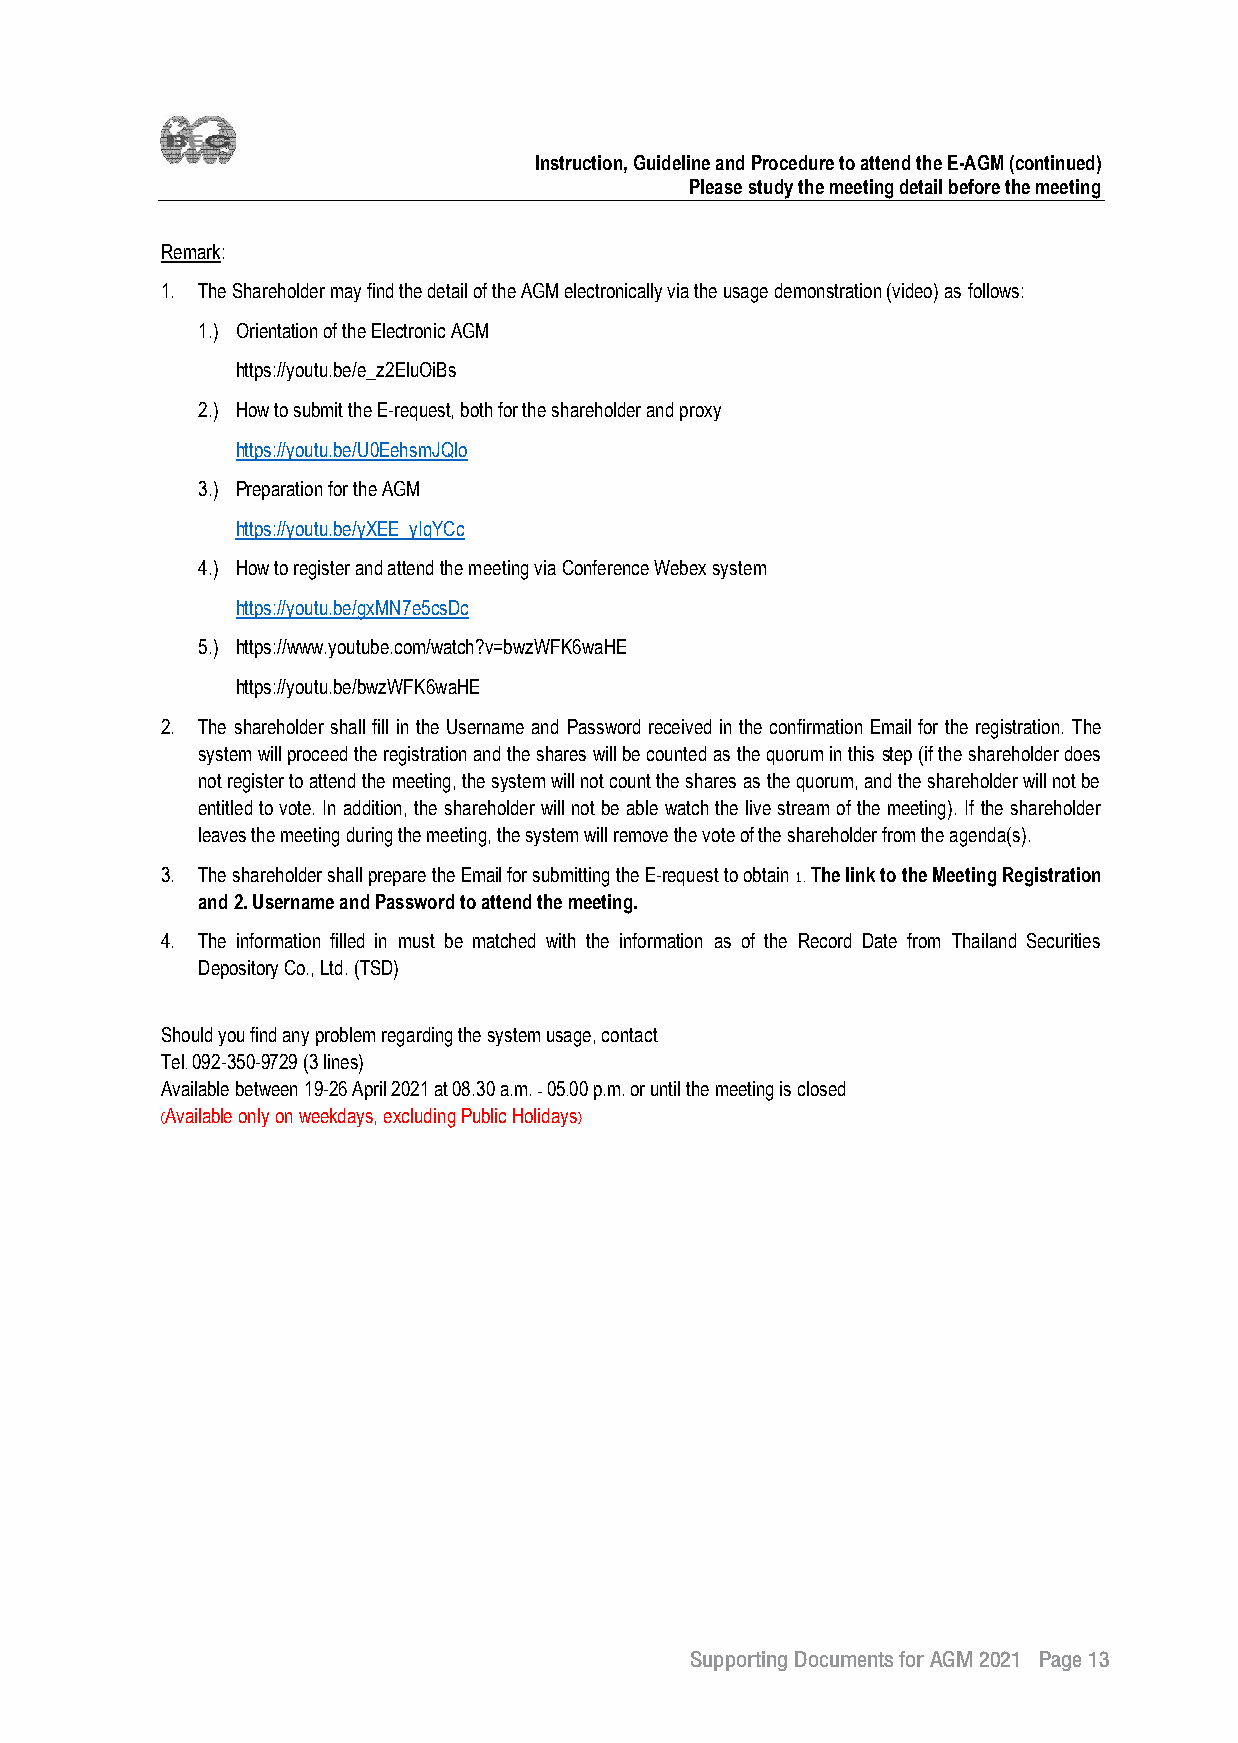
Instruction, Guideline and Procedure to attend the E-AGM (continued)
 Please study the meeting detail before the meeting
 Remark:
 1. The Shareholder may find the detail of the AGM electronically via the usage demonstration (video) as follows:
 1.) Orientation of the Electronic AGM
 https://youtu.be/e_z2EluOiBs
 2.) How to submit the E-request, both for the shareholder and proxy
 https://youtu.be/U0EehsmJQlo
 3.) Preparation for the AGM
 https://youtu.be/yXEE_yIqYCc
 4.) How to register and attend the meeting via Conference Webex system
 https://youtu.be/gxMN7e5csDc
 5.) https://www.youtube.com/watch?v=bwzWFK6waHE
 https://youtu.be/bwzWFK6waHE
 2. The shareholder shall fill in the Username and Password received in the confirmation Email for the registration. The
 system will proceed the registration and the shares will be counted as the quorum in this step (if the shareholder does
 not register to attend the meeting, the system will not count the shares as the quorum, and the shareholder will not be
 entitled to vote. In addition, the shareholder will not be able watch the live stream of the meeting). If the shareholder
 leaves the meeting during the meeting, the system will remove the vote of the shareholder from the agenda(s).
 3. The shareholder shall prepare the Email for submitting the E-request to obtain 1. The link to the Meeting Registration
 and 2. Username and Password to attend the meeting.
 4. The information filled in must be matched with the information as of the Record Date from Thailand Securities
 Depository Co., Ltd. (TSD)
 Should you find any problem regarding the system usage, contact
 Tel. 092-350-9729 (3 lines)
 Available between 19-26 April 2021 at 08.30 a.m. - 05.00 p.m. or until the meeting is closed
 (Available only on weekdays, excluding Public Holidays)
 Supporting Documents for AGM 2021 Page 13
 13
 __2211--00330011 BBEECC EEnngg22..iinndddd 1133                          11//44//22556644 BBEE 1133::1144